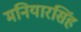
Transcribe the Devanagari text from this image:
मनियारसिंह